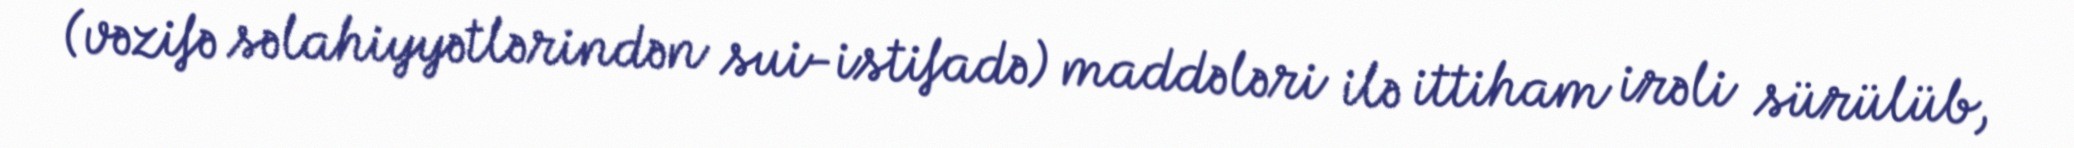
(vəzifə səlahiyyətlərindən sui-istifadə) maddələri ilə ittiham irəli sürülüb,